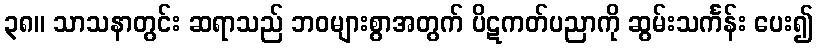
၃၈။ သာသနာတွင်း ဆရာသည် ဘဝများစွာအတွက် ပိဋကတ်ပညာကို ဆွမ်းသင်္ကန်း ပေး၍